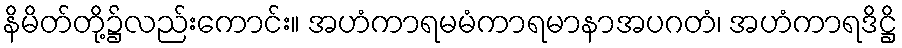
နိမိတ်တို့၌လည်းကောင်း။ အဟံကာရမမံကာရမာနာအပဂတံ၊ အဟံကာရဒိဋ္ဌိ